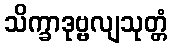
သိက္ခာဒုဗ္ဗလျသုတ္တံ